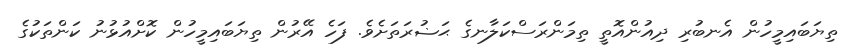
ތިޔަބައިމީހުން އެނބުރި ދިއުންއޮތީ ތިމަންރަސްކަލާނގެ ޙަޟުރަތަށެވެ. ފަހެ އޭރުން ތިޔަބައިމީހުން ކޮށްއުޅުނު ކަންތަކުގެ